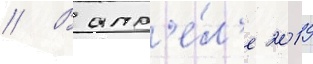
// В апр'е́л'е 2019